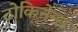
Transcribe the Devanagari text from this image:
टोकिनेन्स